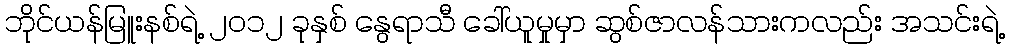
ဘိုင်ယန်မြူးနစ်ရဲ့ ၂၀၁၂ ခုနှစ် နွေရာသီ ခေါ်ယူမှုမှာ ဆွစ်ဇာလန်သားကလည်း အသင်းရဲ့